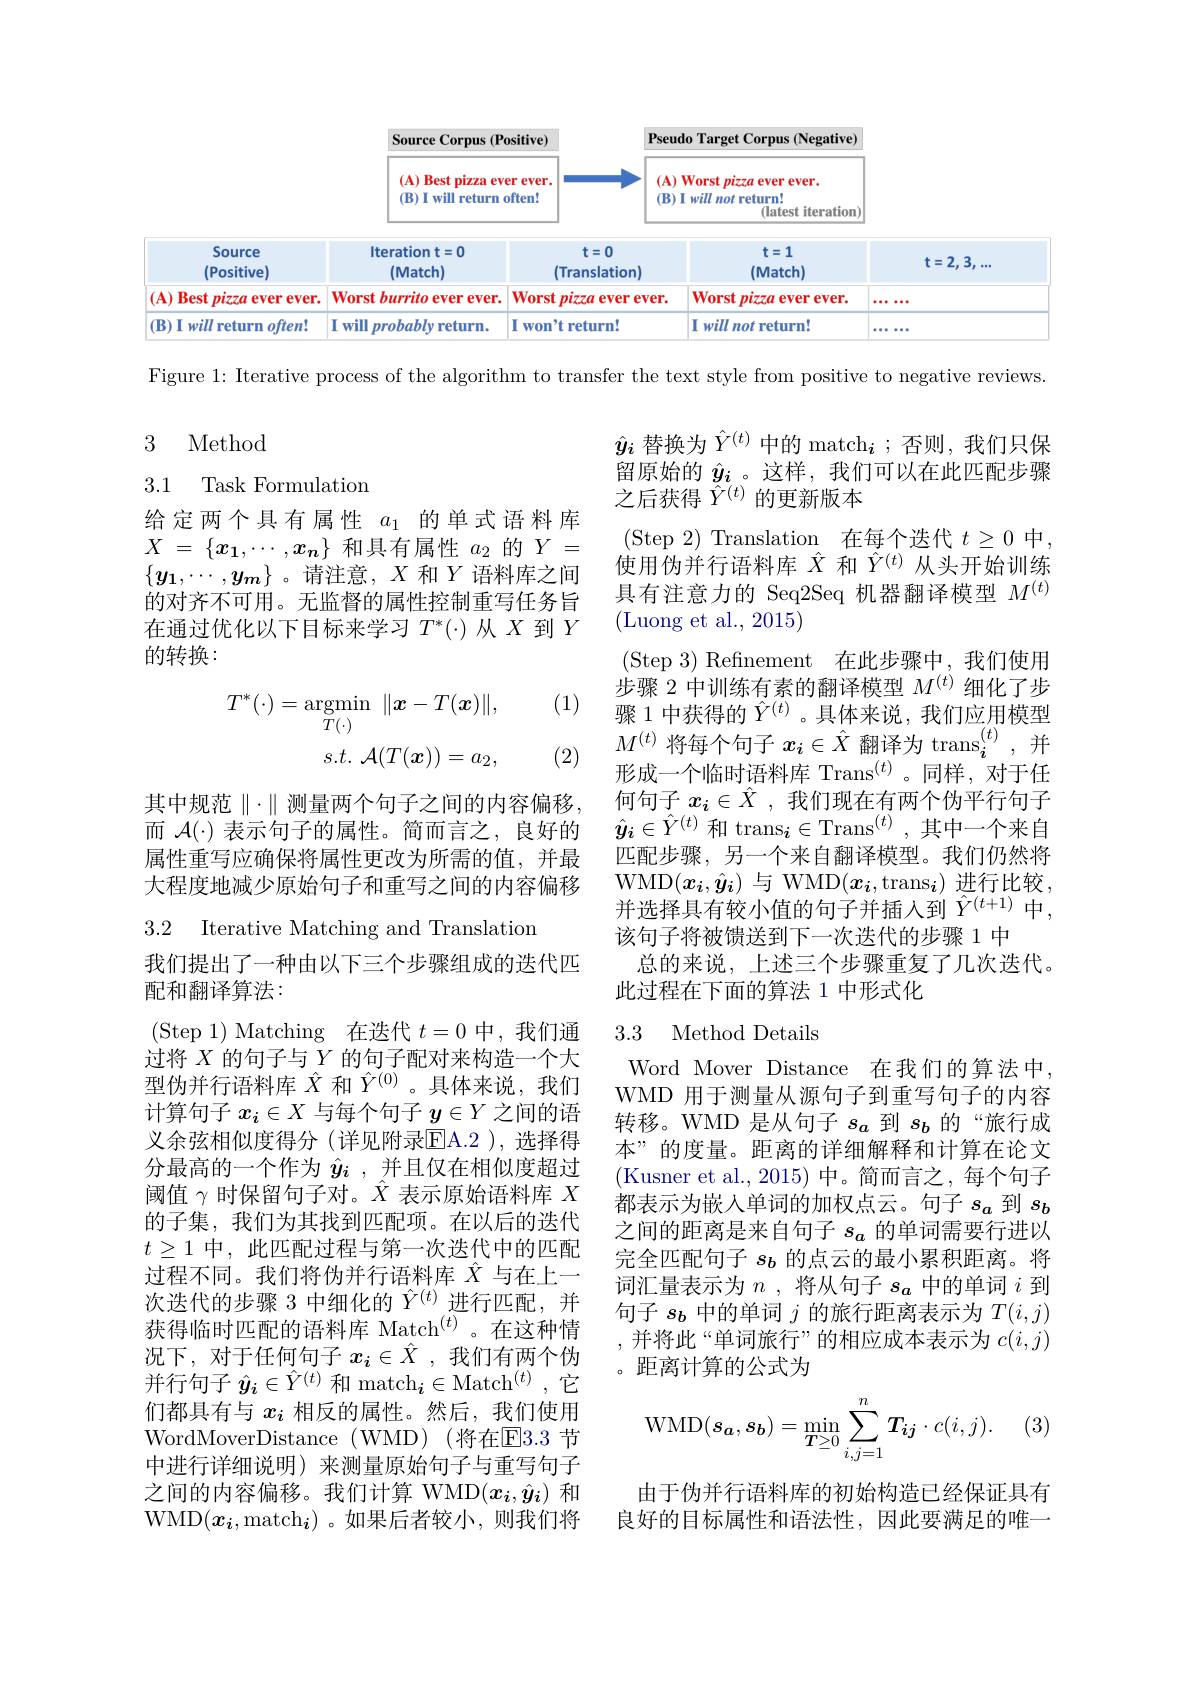
<FigureHere>

Figure 1: Iterative process of the algorithm to transfer the text style from positive to negative reviews

## 3 Method

## 3.1 Task Formulation

给定两个具有属性$a_1$的单式语料库$X$ = $\{ x_1, \cdots , x_n\}$和具有属性$a_2$的$Y$ = $\{y_1,\cdots,y_m\}$ 。请注意，$X$和$Y$语料库之间的对齐不可用。无监督的属性控制重写任务旨在通过优化以下目标来学习$T^*(\cdot)$从$X$到$Y$ 的转换：

(1)
(2) $M^{( t) }$将每个句子 $x_i\in\hat{X}$ 翻译为 trans$_i^{(t)}$,并

$\hat{y}_i$替换为$\hat{Y}^(t)$中的 match$_i$ ;否则，我们只保留原始的$\hat{y}_i$ 。这样，我们可以在此匹配步骤之后获得$\hat{\hat{Y}}^{(t)}$的更新版本
(Step 2) Translation 在每个迭代 $t\geq0$ 中， 使用伪并行语料库$\hat{X}$和$\hat{Y}^{(t)}$从头开始训练具有注意力的 Seq2Seq 机器翻译模型$M^{(t)}$ (Luong et al., 2015)
(Step 3) Refinement 在此步骤中，我们使用步骤 2 中训练有素的翻译模型$M^{(t)}$细化了步骤 1 中获得的$\hat{Y}^{(t)}$。具体来说，我们应用模型形成一个临时语料库 Trans$^{(t)}$。同样，对于任何句子$x_i\in\hat{X}$ ,我们现在有两个伪平行句子$\hat{y}_i\in\hat{Y}^{(t)}$和 trans$_i\in\mathrm{Trans}^{(t)}$,其中一个来自匹配步骤，另一个来自翻译模型。我们仍然将WMD$(x_i,\hat{y}_i)$ 与 WMD$(x_i,\mathrm{trans}_i)$ 进行比较， 并选择具有较小值的句子并插人到$\hat{Y}^{(t+1)}$中， 该句子将被馈送到下一次迭代的步骤 1 中
总的来说，上述三个步骤重复了几次迭代。
此过程在下面的算法 1 中形式化
$$T^{*}(\cdot)=\underset{T(\cdot)}{\operatorname*{argmin}}\:\|\boldsymbol{x}-T(\boldsymbol{x})\|,\\s.t.\:\mathcal{A}(T(\boldsymbol{x}))=a_{2},$$
其中规范$\parallel\cdot\parallel$测量两个句子之间的内容偏移， 而$\mathcal{A}(\cdot)$表示句子的属性。简而言之，良好的属性重写应确保将属性更改为所需的值，并最大程度地减少原始句子和重写之间的内容偏移

3.2 Iterative Matching and Translation

## 3.3 Method Details

Word Mover Distance 在我们的算法中WMD 用于测量从源句子到重写句子的内容转移。WMD 是从句子$s_a$到$s_b$的“旅行成本”的度量。距离的详细解释和计算在论文(Kusner et al., 2015)中。简而言之，每个句子都表示为嵌入单词的加权点云。句子$s_a$到$s_b$ 之间的距离是来自句子$s_{a}$的单词需要行进以完全匹配句子$s_b$的点云的最小累积距离。将词汇量表示为$n$ ,将从句子$s_a$中的单词$i$到句子$s_{b}$中的单词$j$的旅行距离表示为$T(i,j)$ ,并将此“单词旅行”的相应成本表示为$c(i,j)$ 。距离计算的公式为

我们提出了一种由以下三个步骤组成的迭代匹
配和翻译算法：
(Step 1)Matching 在迭代$t=0$中，我们通过将$X$的句子与$Y$的句子配对来构造一个大型伪并行语料库$\hat{X}$和$\hat{Y}^{(0)}$。具体来说，我们计算句子$x_i\in X$与每个句子$\underline y\in Y$之间的语义余弦相似度得分(详见附录E$A. 2$),选择得分最高的一个作为$\hat{y}_i$ ,并且仅在相似度超过阈值$\gamma$时保留句子对。$\hat{X}$表示原始语料库$X$ 的子集，我们为其找到匹配项。在以后的迭代$t\geq1$中，此匹配过程与第一次迭代中的匹配过程不同。我们将伪并行语料库$\hat{X}$与在上一次迭代的步骤 3 中细化的$\hat{Y}^{(t)}$进行匹配，并获得临时匹配的语料库 Match$^{(t)}$。在这种情况下，对于任何句子$x_i\in\hat{X}$ ,我们有两个伪并行句子$\hat{y}_i\in\hat{Y}^{(t)}$和 match$_i\in\mathrm{Match}^{(t)}$,它们都具有与$x_i$相反的属性。然后，我们使用WordMoverDistance (WMD) (将在$\overline{\mathrm{E}}3.3$ 节中进行详细说明)来测量原始句子与重写句子之间的内容偏移。我们计算 WMD$(x_i,\hat{y}_i)$和WMD$(x_{\boldsymbol{i}}$,match$_{\boldsymbol{i}})$。如果后者较小，则我们将
$$\mathrm{WMD}(s_a,s_b)=\min_{T\geq0}\sum_{i,j=1}^n\boldsymbol{T_{ij}}\cdot c(i,j).$$
由于伪并行语料库的初始构造已经保证具有良好的目标属性和语法性，因此要满足的唯一